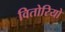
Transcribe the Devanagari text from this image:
वितोरियो